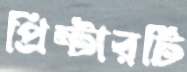
প্রিন্টারটি